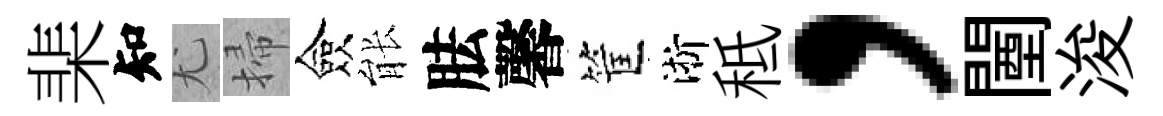
棐知尤掃僉䏻胠馨筐淅秪，闉浚